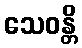
သေဝန္တိ